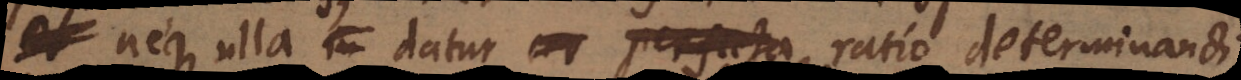
neque ulla datur cer ratio determinandi